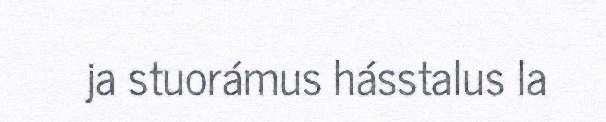
ja stuorámus hásstalus la